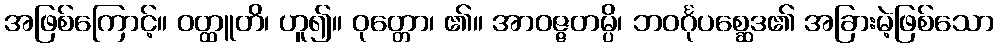
အဖြစ်ကြောင့်။ ဝတ္ထူတိ၊ ဟူ၍။ ဝုတ္တော၊ ၏။ အာဝဇ္ဇတမ္ပိ၊ ဘဝင်္ဂုပစ္ဆေဒ၏ အခြားမဲ့ဖြစ်သော